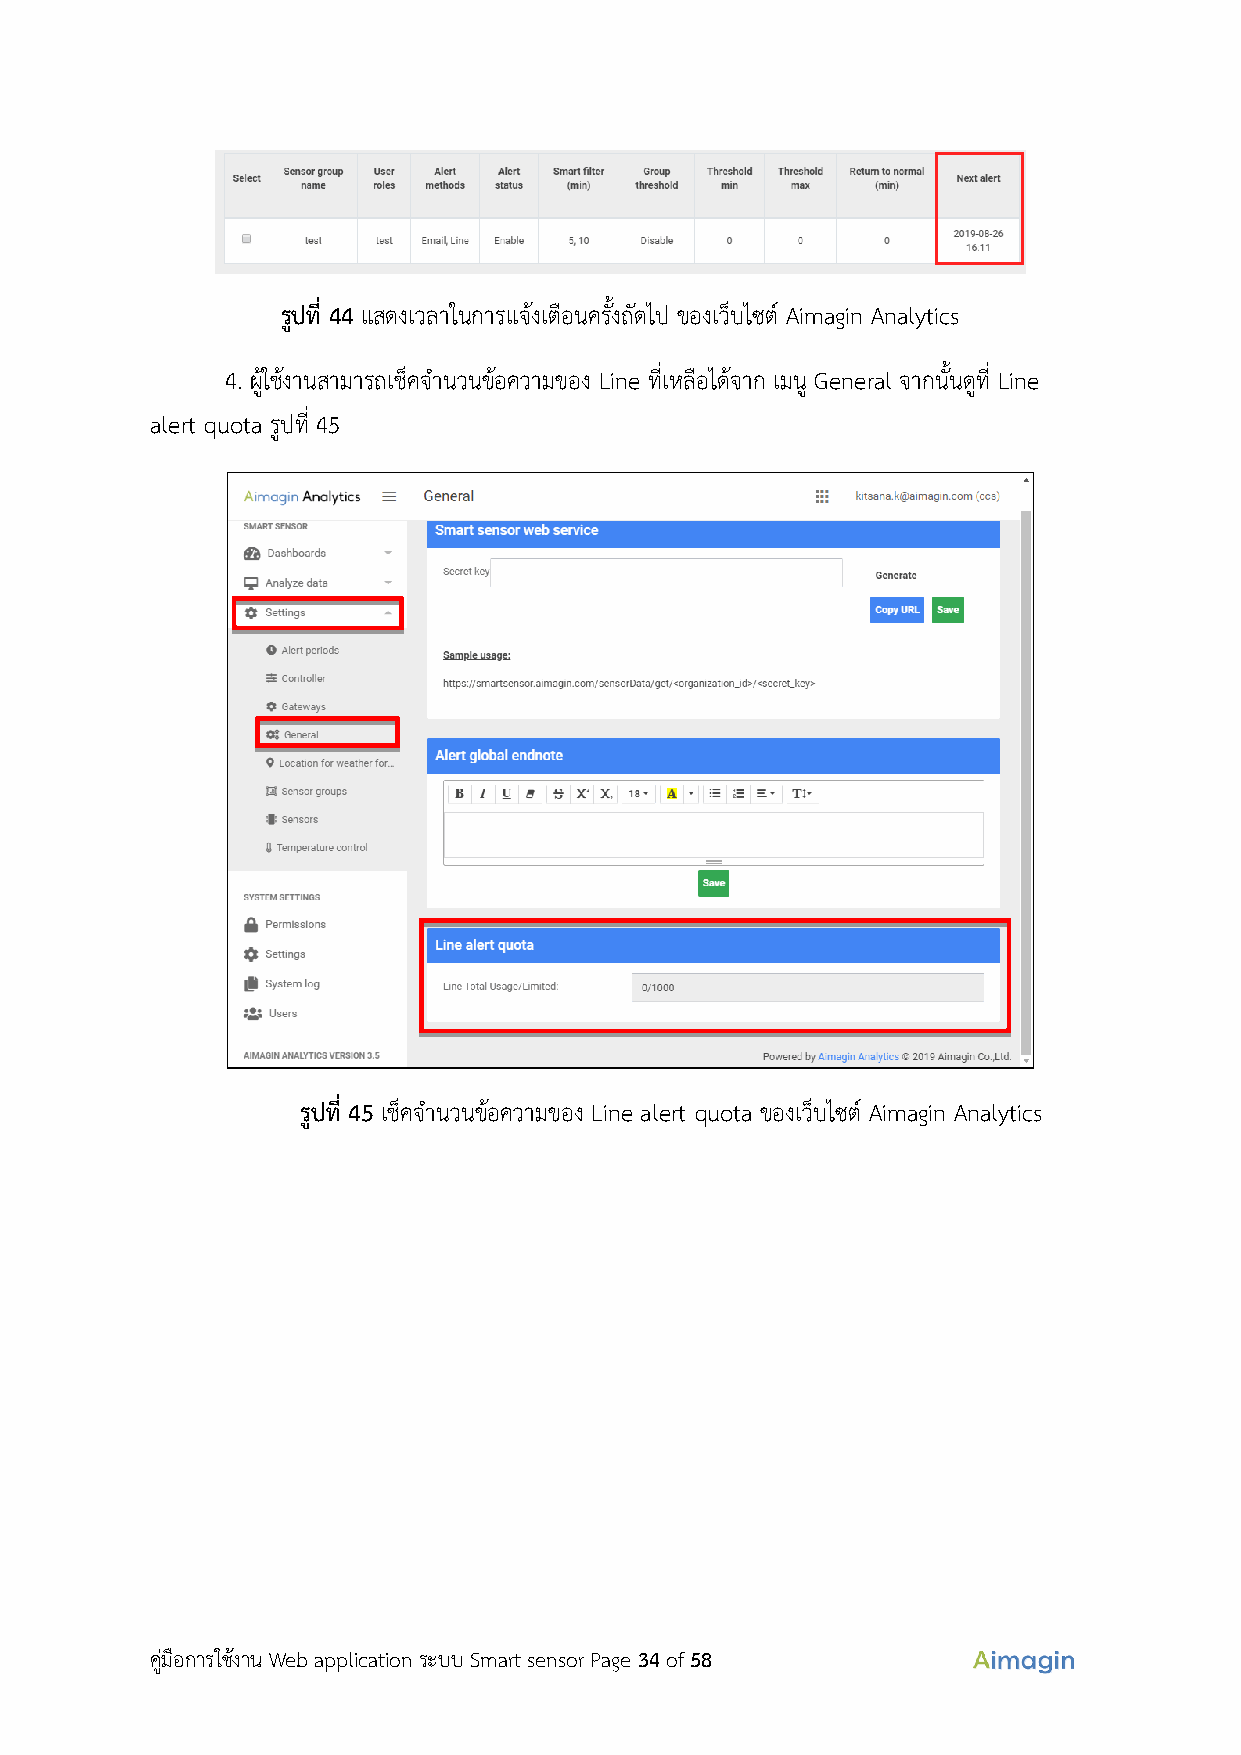
รูปที่ 44 แสดงเวลาในการแจ้งเตือนครั้งถัดไป ของเว็บไซต์ Aimagin Analytics
 4. ผู้ใช้งานสามารถเช็คจำนวนข้อความของ Line ที่เหลือได้จาก เมนู General จากนั้นดูที่ Line
 alert quota รูปที่ 45
 รูปที่ 45 เช็คจำนวนข้อความของ Line alert quota ของเว็บไซต์ Aimagin Analytics
 คู่มือการใช้งาน Web application ระบบ Smart sensor Page 34 of 58